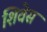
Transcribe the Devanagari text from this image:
शिवेस